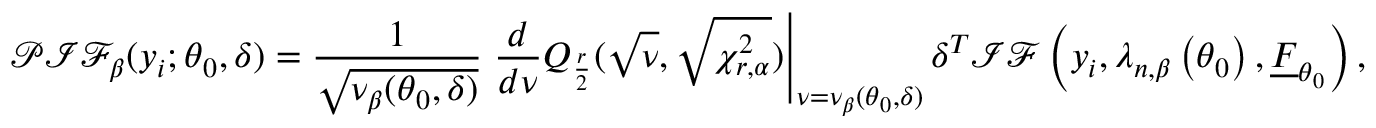
\mathcal { P I F } _ { \beta } ( y _ { i } ; \boldsymbol { \theta } _ { 0 } , \boldsymbol { \delta } ) = \frac { 1 } { \sqrt { \nu _ { \beta } ( \boldsymbol { \theta } _ { 0 } , \boldsymbol { \delta } ) } } \left. \frac { d } { d \nu } Q _ { \frac { r } { 2 } } ( \sqrt { \nu } , \sqrt { \chi _ { r , \alpha } ^ { 2 } } ) \right\vert _ { \nu = \nu _ { \beta } ( \boldsymbol { \theta } _ { 0 } , \boldsymbol { \delta } ) } \boldsymbol { \delta } ^ { T } \mathcal { I F } \left( y _ { i } , \boldsymbol { \lambda } _ { n , \beta } \left( \boldsymbol { \theta } _ { 0 } \right) , \underline { { F } } _ { \boldsymbol { \theta } _ { 0 } } \right) ,